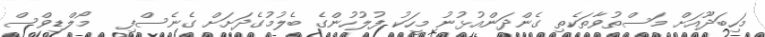
މަހިބަދޫއަށް މަސްތުވާތަކެތި ގެންދަންއުޅުނު މީހަކު ފުލުހުންގެ ބެލުމުގެދަށަށް ގެނެސްފި   މޯލްޑިވްސް